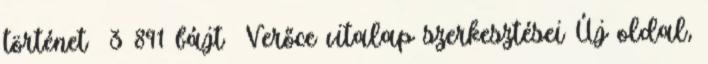
történet ‎ 3 891 bájt ‎Verőce vitalap szerkesztései Új oldal,